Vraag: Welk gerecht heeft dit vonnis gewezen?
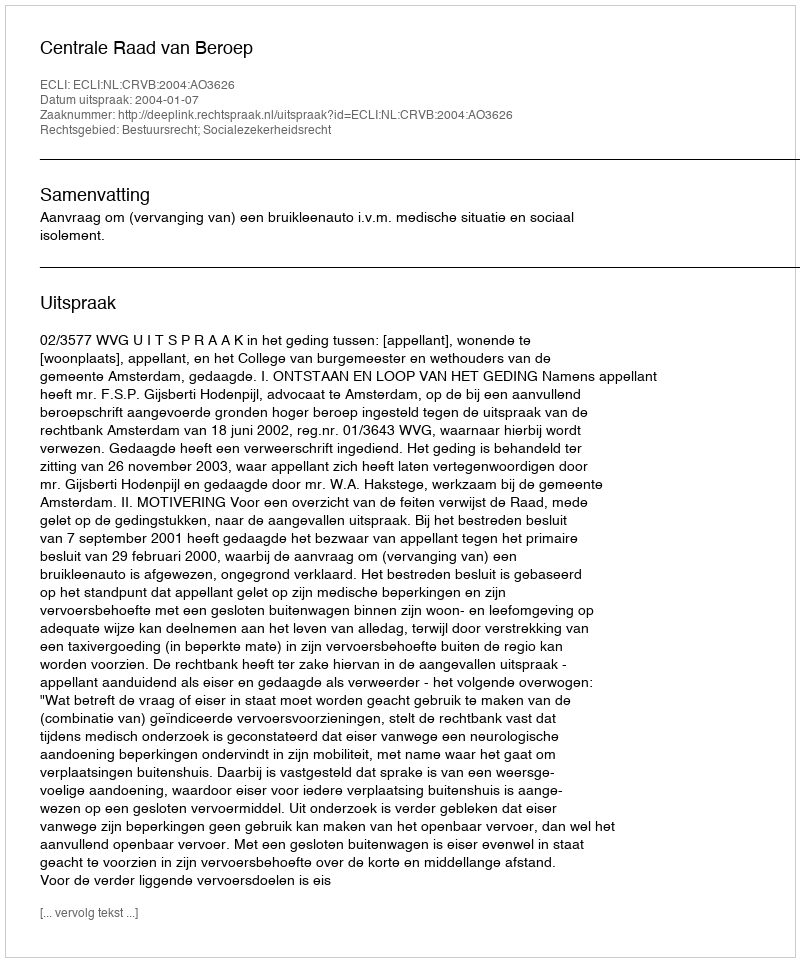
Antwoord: Centrale Raad van Beroep